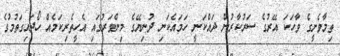
ތިމާވެށީގެ ވާހަކަ އޭރުގެ ސަރުކާރުން ދައްކަނީ ހަމައެކަނި ދުނިޔޭގެ މިންވަރުގައި އެހީތެރިކަމެއް ހޯދައިގަތުމުގެ